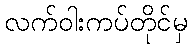
လက်ဝါးကပ်တိုင်မှ